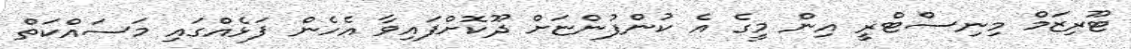
ޓޫރިޒަމް މިނިސްޓްރީ އިން މީގެ އެ ކުންފުންޏަށް ދޫކޮށްފައިވާ އެހެން ފަޅެއްގައި މަސައްކަތް